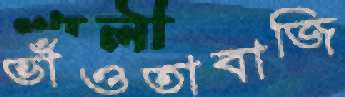
ভাঁওতাবাজি